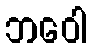
ဘဝေါ